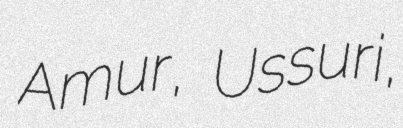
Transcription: Amur, Ussuri,